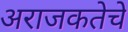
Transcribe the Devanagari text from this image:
अराजकतेचे